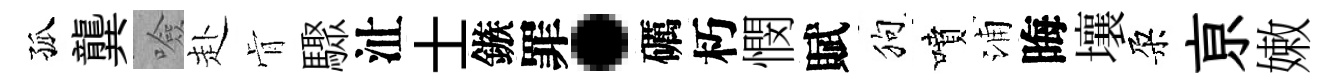
孤龔噞赴肻驟沚士鏃罪·礪朽憫賦狗噴浦晦壤朶亰嫩